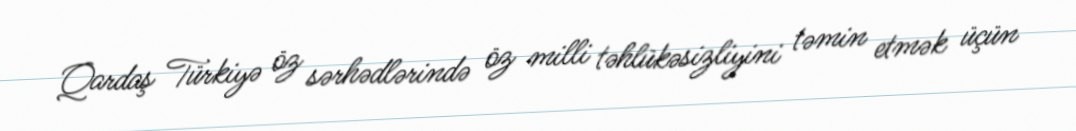
Qardaş Türkiyə öz sərhədlərində öz milli təhlükəsizliyini təmin etmək üçün